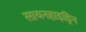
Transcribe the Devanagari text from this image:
सायनहाइड्रिन